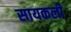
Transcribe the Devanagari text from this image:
सायकली